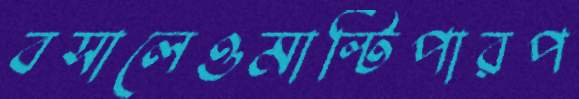
বসালেওমাল্টিপারপ